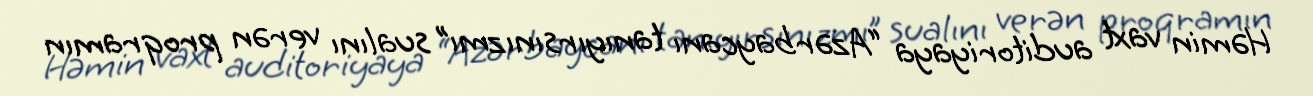
Həmin vaxt auditoriyaya “Azərbaycanı tanıyırsınızmı” sualını verən proqramın